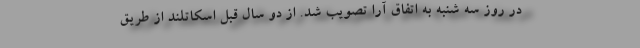
در روز سه ‌شنبه به اتفاق آرا تصویب شد. از دو سال قبل اسکاتلند از طریق